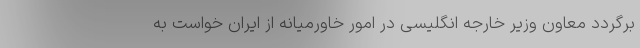
برگردد معاون وزیر خارجه انگلیسی در امور خاورمیانه از ایران خواست به